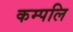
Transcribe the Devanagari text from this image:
कम्पलि